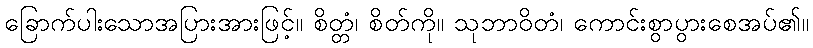
ခြောက်ပါးသောအပြားအားဖြင့်။ စိတ္တံ၊ စိတ်ကို။ သုဘာဝိတံ၊ ကောင်းစွာပွားစေအပ်၏။